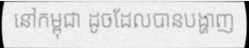
នៅកម្ពុជា ដូចដែលបានបង្ហាញ